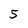
Character: 5